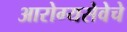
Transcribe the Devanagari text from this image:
आरोग्यसेवेचे